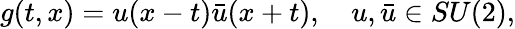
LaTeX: g(t,x)=u(x-t)\bar{u}(x+t),\quad u,\bar{u}\in SU(2),